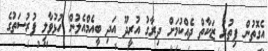
އެގޮތުން ފިތުރު ޒަކާތް ދެއްކުމަށް ދިރާގު އުރީދޫ އަދި ބީއެމްއެލުން ހުޅުވާލި ފުރުސަތުގެ